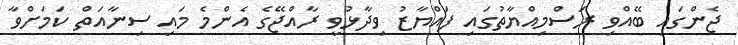
ޖެންގައި ބޭއްވި ރަސްމިއްޔާތުގައި ފައްޔާޒު ވިދާޅުވީ ރާއްޖޭގެ އެންމެ މައި ސިނާއަތް ކަމަށްވާ